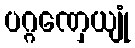
ပဂ္ဂဏှေယျုံ